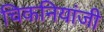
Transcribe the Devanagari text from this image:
चिकनियांजी